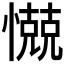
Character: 𰒗